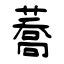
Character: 蕎